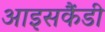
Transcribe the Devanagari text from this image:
आइसकैंडी